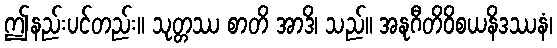
ဤနည်းပင်တည်း။ သုတ္တဿ စာတိ အာဒိ၊ သည်။ အနုဂီတိဝိစယနိဒဿနံ၊